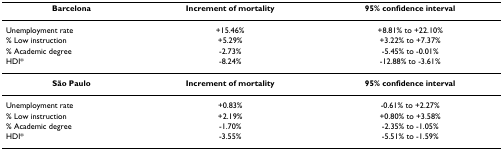
| Barcelona | Increment of mortality | 95% confidence interval |
 | --- | --- | --- |
 | Unemployment rate | +15.46% | +8.81% to +22.10% |
 | % Low instruction | +5.29% | +3.22% to +7.37% |
 | % Academic degree | -2.73% | -5.45% to -0.01% |
 | HDI* | -8.24% | -12.88% to -3.61% |
 | São Paulo | Increment of mortality | 95% confidence interval |
 | Unemployment rate | +0.83% | -0.61% to +2.27% |
 | % Low instruction | +2.19% | +0.80% to +3.58% |
 | % Academic degree | -1.70% | -2.35% to -1.05% |
 | HDI* | -3.55% | -5.51% to -1.59% |